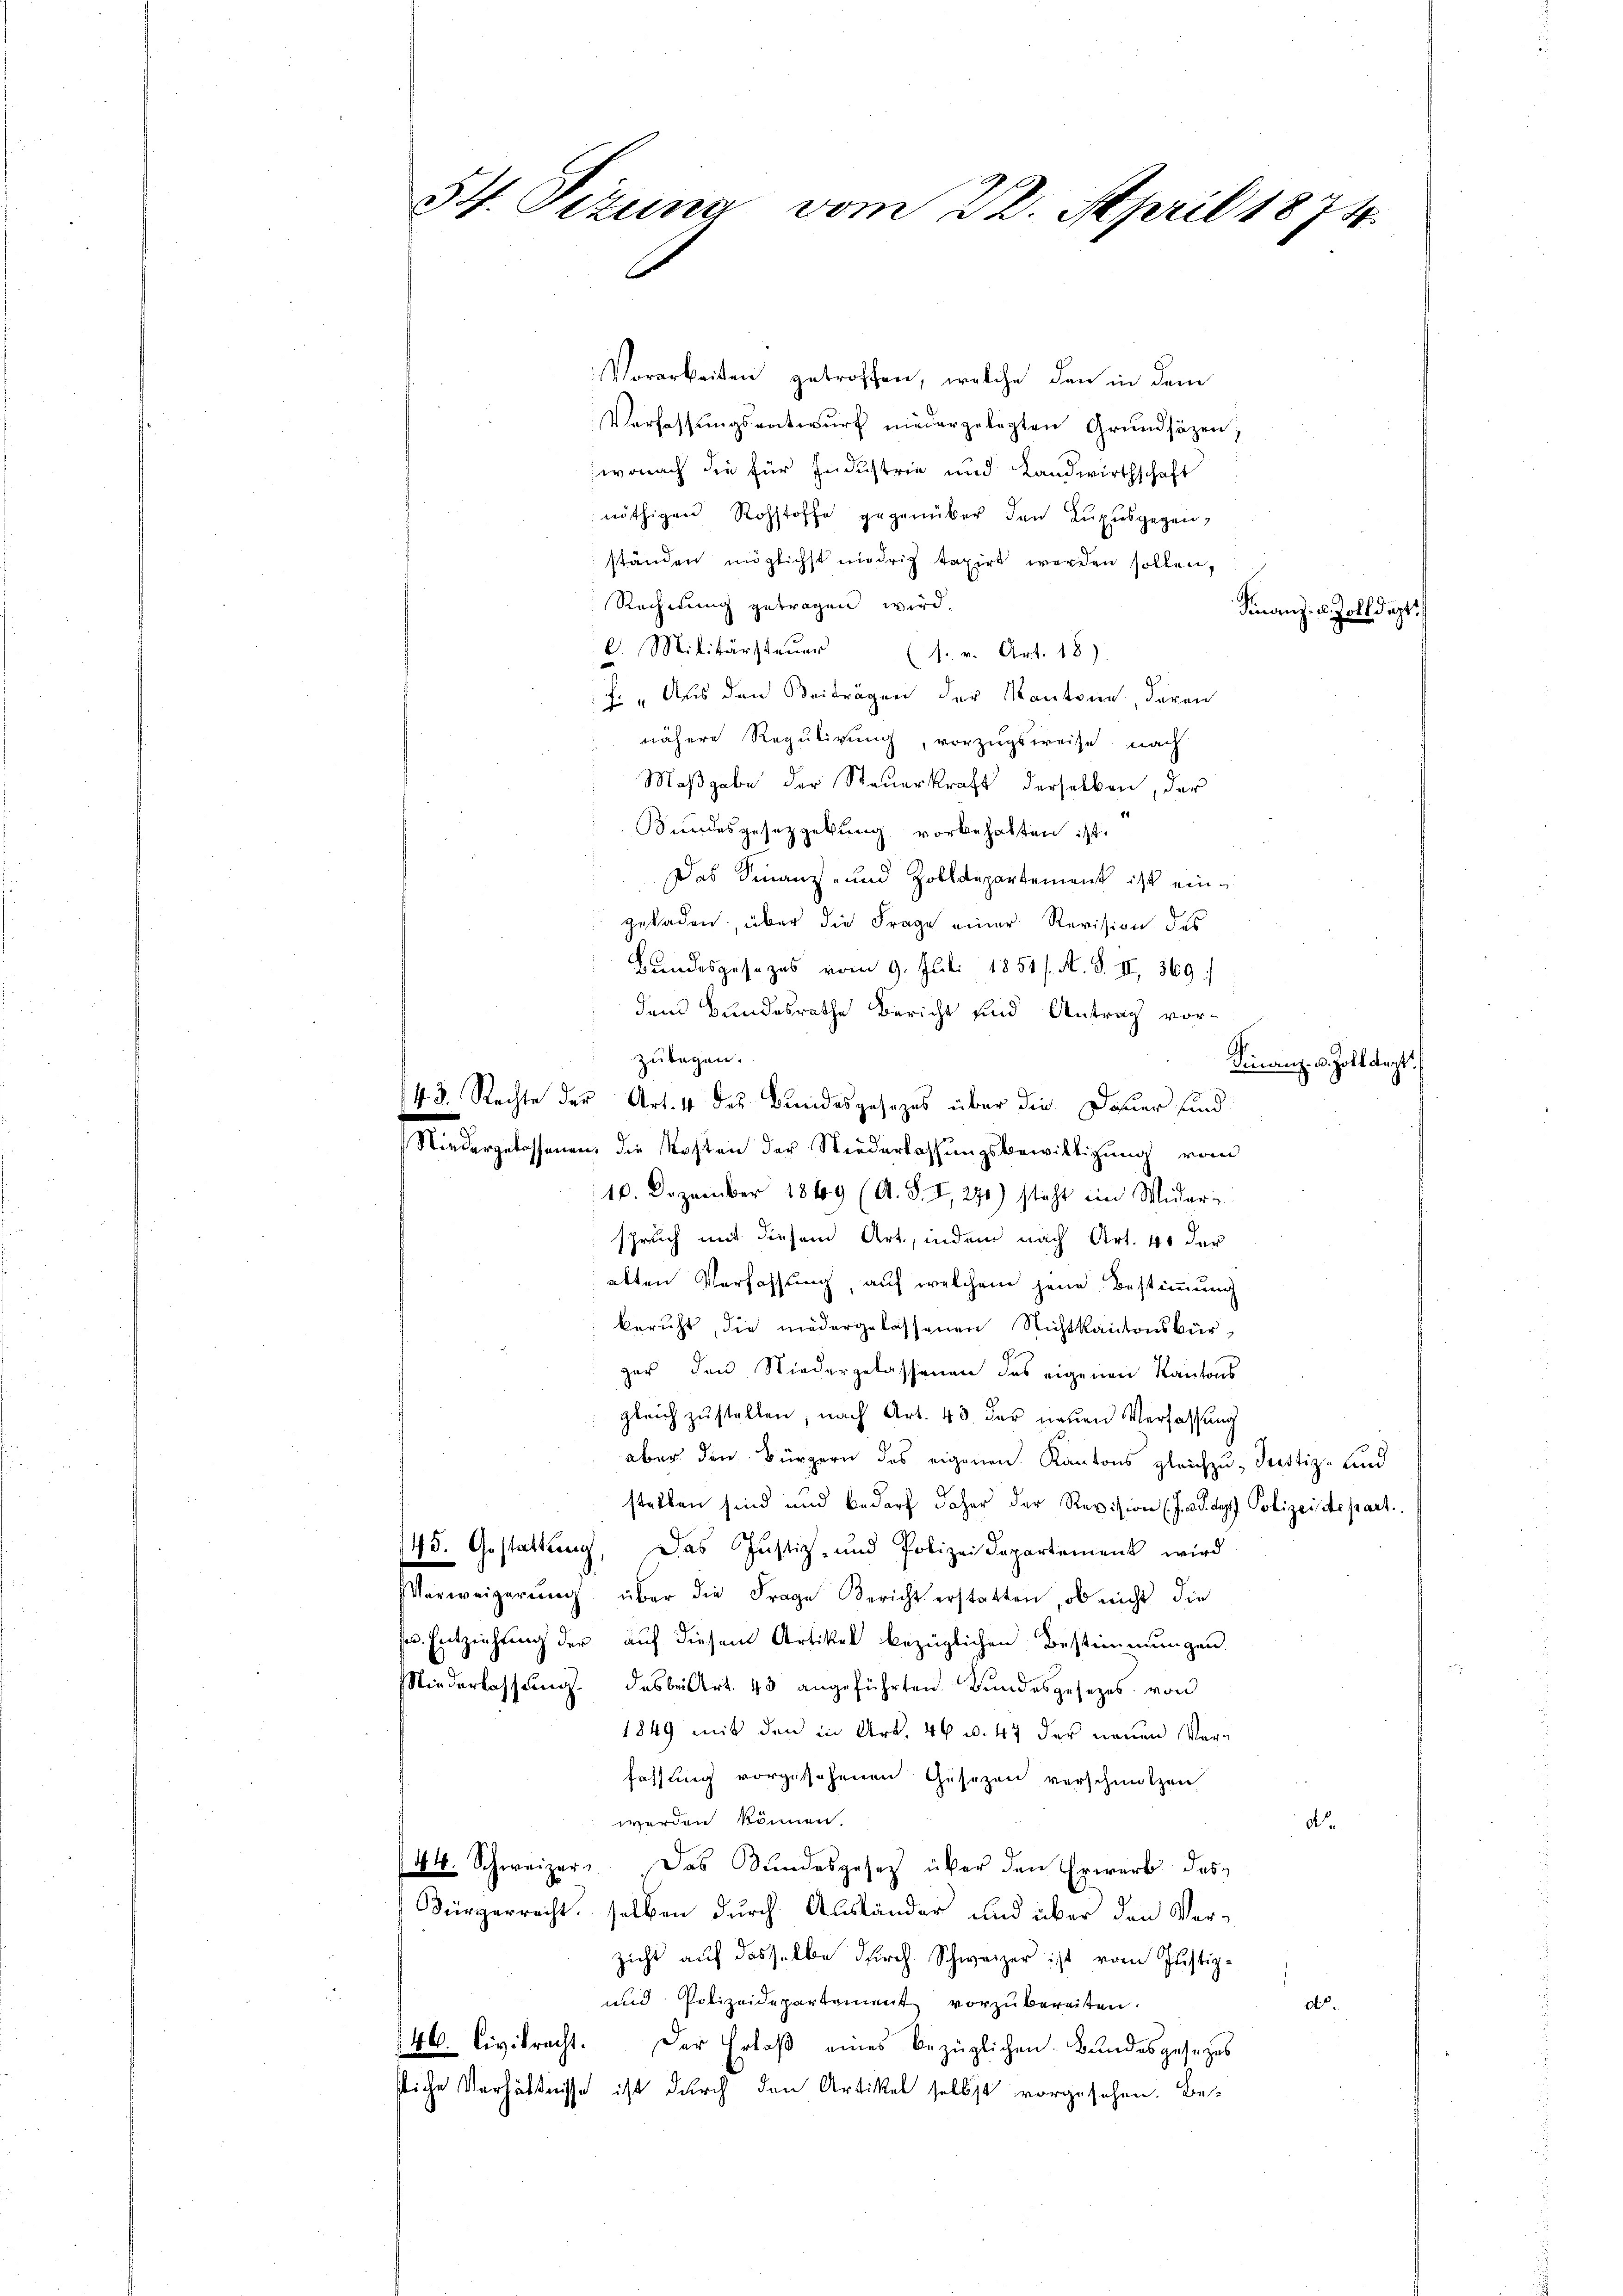
S. Tizung vom 22. April 1874.

Vorarbeiten getroffen, welche den in dem
Verfassungsratwurf niedergelegten Grundsäzen,
wonach die für Industrie und Landwirthschaft
nöthigen Rohstoffe gegenüber den Luxusgegen,
ständen möglichst niedrig taxirt werden sollen,
Rechnung getragen wird.
Finanz- u. Zolldept.
C. Militärsteŭer (s. v. Art. 18)
f: „Aus den Beiträgen der Kantone, davon
nähere Regulirung, vorzugsweise nach
Maβgabe der Steŭerkraft derselben, der
Kundesgesetzgebung vorbehalten ist.
Das Finanz- und Zolldepartement ist ein¬
 geladen, über die Frage einer Revision des
Bundesgesezes vom 9. Juli 1851 /. M. d. II., 369.
dem Bundesrathe Bericht und Antrag vor-
zulegen.
Finanz- u. Zolldept
43. Rechte der Art. 4 des Bundesgesezes über die Dauer sind
Niedergelassenen, die Kosten der Niederlassungsbewilligung vom
10. Dezember 1849 (A. S. I, 271) steht ein Wider-
spruch mit diesem Art, indem nach Art. 41 der
alten Verfassung, auf welchem jene Bestimmung
beruht, die niedergelassenen Nichtkantonsbürgar den Niedergelassenen das eigenen Kantons
gleich zustellen, nach Art. 43 der neuen Verfassung
aber den Bürgern des eigenen Kantons gleichzu- Trostiz- und
stalten sind und bedarf daher der Revision (J.a. d. d. Polizeisdepart.
145. Gestattung, das Justiz- und Polizei Departement wird
Verweigerŭng über die Frage Bericht erstatten, ob nicht die
ss. Entziehung der auf diesem Artikel bezüglichen Bestimmungen
Niederlassŭng. Das bei Art. 43 angeführten Bŭndesgesetzes von
1849 mit den in Art. 46 u. 47 der neuen Verfassung vorgesehenen Gesezen verschmutzen
werden können.
d.
44. Schweizer. Das Bundesgesetz über den Erwerb des
Bürgerrecht, selben durch Ausländer und über den Ver-
zicht aŭf dasselbe dŭrch. Schweizer ist vom Justiz-
und Polizeidepartement vorzubereiten.
do.
146. Civibracht. Der Erlaβ eines bezüglichen Bŭndesgesezes
sliche Verhältnisse ist durch den Artikel selbst vorgesehen. Be¬